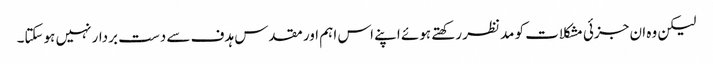
لیکن وہ ان جزئی مشکلات کو مدنظر رکھتے ہوئے اپنے اس اہم اور مقدس ہدف سے دست بردار نہیں ہوسکتا۔